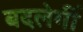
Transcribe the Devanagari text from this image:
बदलेगीं